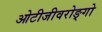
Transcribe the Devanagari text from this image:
ओटीजीवरोङ्गो